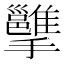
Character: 𢹭